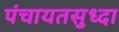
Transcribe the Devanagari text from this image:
पंचायतसुध्दा